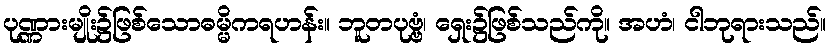
ပုဏ္ဏားမျိုး၌ဖြစ်သောဓမ္မိကရဟန်း။ ဘူတပုဗ္ဗံ၊ ရှေး၌ဖြစ်သည်ကို။ အဟံ၊ ငါဘုရားသည်။